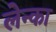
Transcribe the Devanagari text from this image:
लेन्का